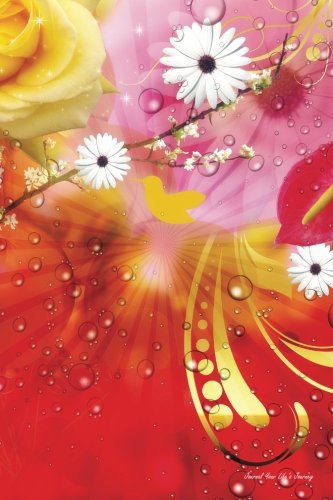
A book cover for Journal Your Life's Journey: Fantasy Flowers, Lined Journal, 6 x 9, 100 Pages; Journal Your Life's Journey; Crafts, Hobbies & Home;